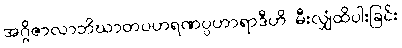
အဂ္ဂိဇာလာဘိဃာတပဟရဏပ္ပဟာရာဒီဟိ၊ မီးလျှံထိပါးခြင်း